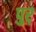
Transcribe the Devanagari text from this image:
पुर्